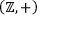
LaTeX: \left( \mathbb { Z } , + \right)